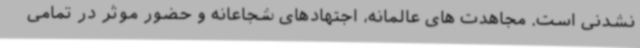
نشدنی است. مجاهدت های عالمانه،‌ اجتهادهای شجاعانه و حضور موثر در تمامی